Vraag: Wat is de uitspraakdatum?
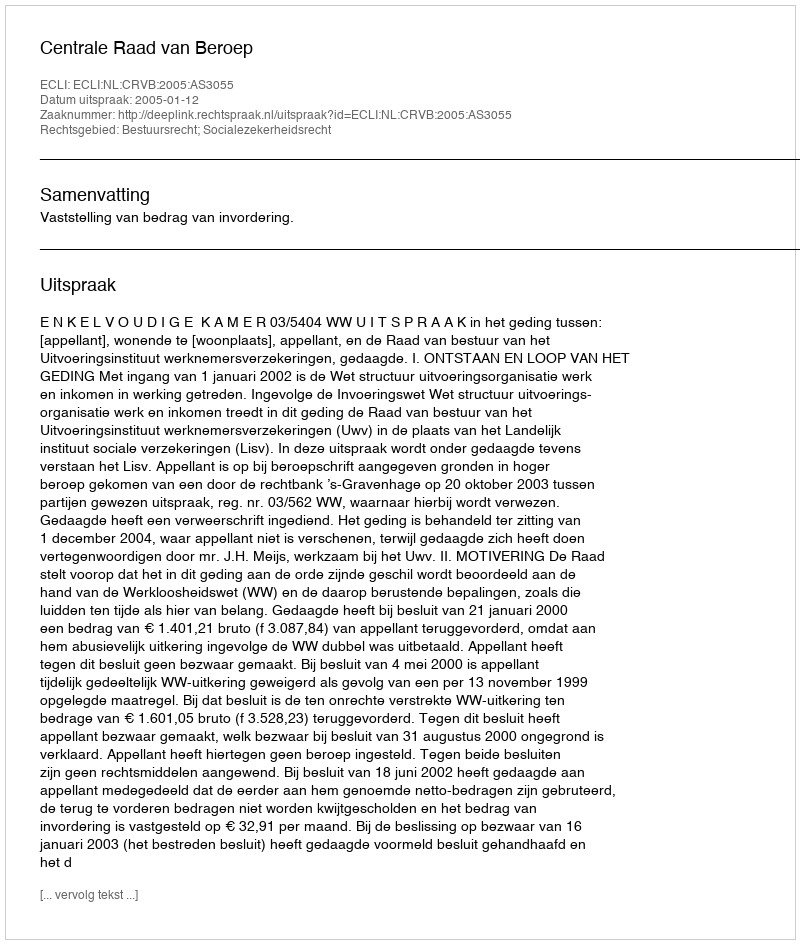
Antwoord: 2005-01-12